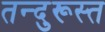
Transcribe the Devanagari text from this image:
तन्दुरूस्त